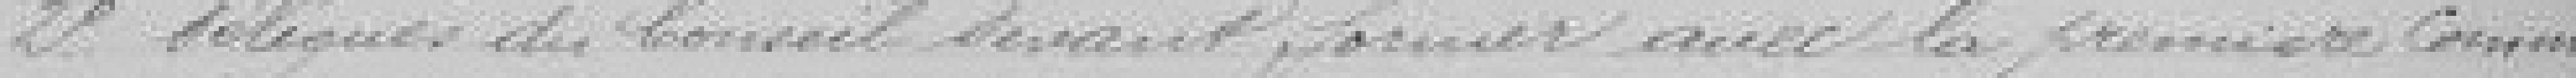
2°. Délégués du Conseil devant former avec la première commis